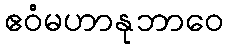
ဧဝံမဟာနုဘာဝေ